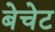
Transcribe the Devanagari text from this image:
बेचेट